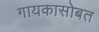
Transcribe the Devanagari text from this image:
गायकासोबत